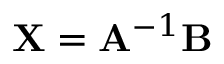
\mathbf { X } = \mathbf { A } ^ { - 1 } \mathbf { B }